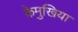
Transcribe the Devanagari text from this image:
केमुखिया